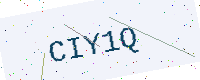
Text: CIY1Q